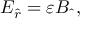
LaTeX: E _ { \hat { r } } = \varepsilon B _ { \hat { ~ } } ,